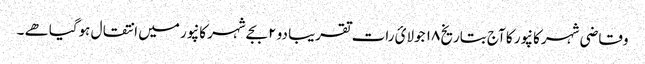
وقاضی شہر کانپور کا آج بتاریخ ۱۸ جولائ رات تقریبا دو ۲ بجےشہر کانپور میں انتقال ہوگیاھے ۔